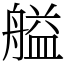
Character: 艗